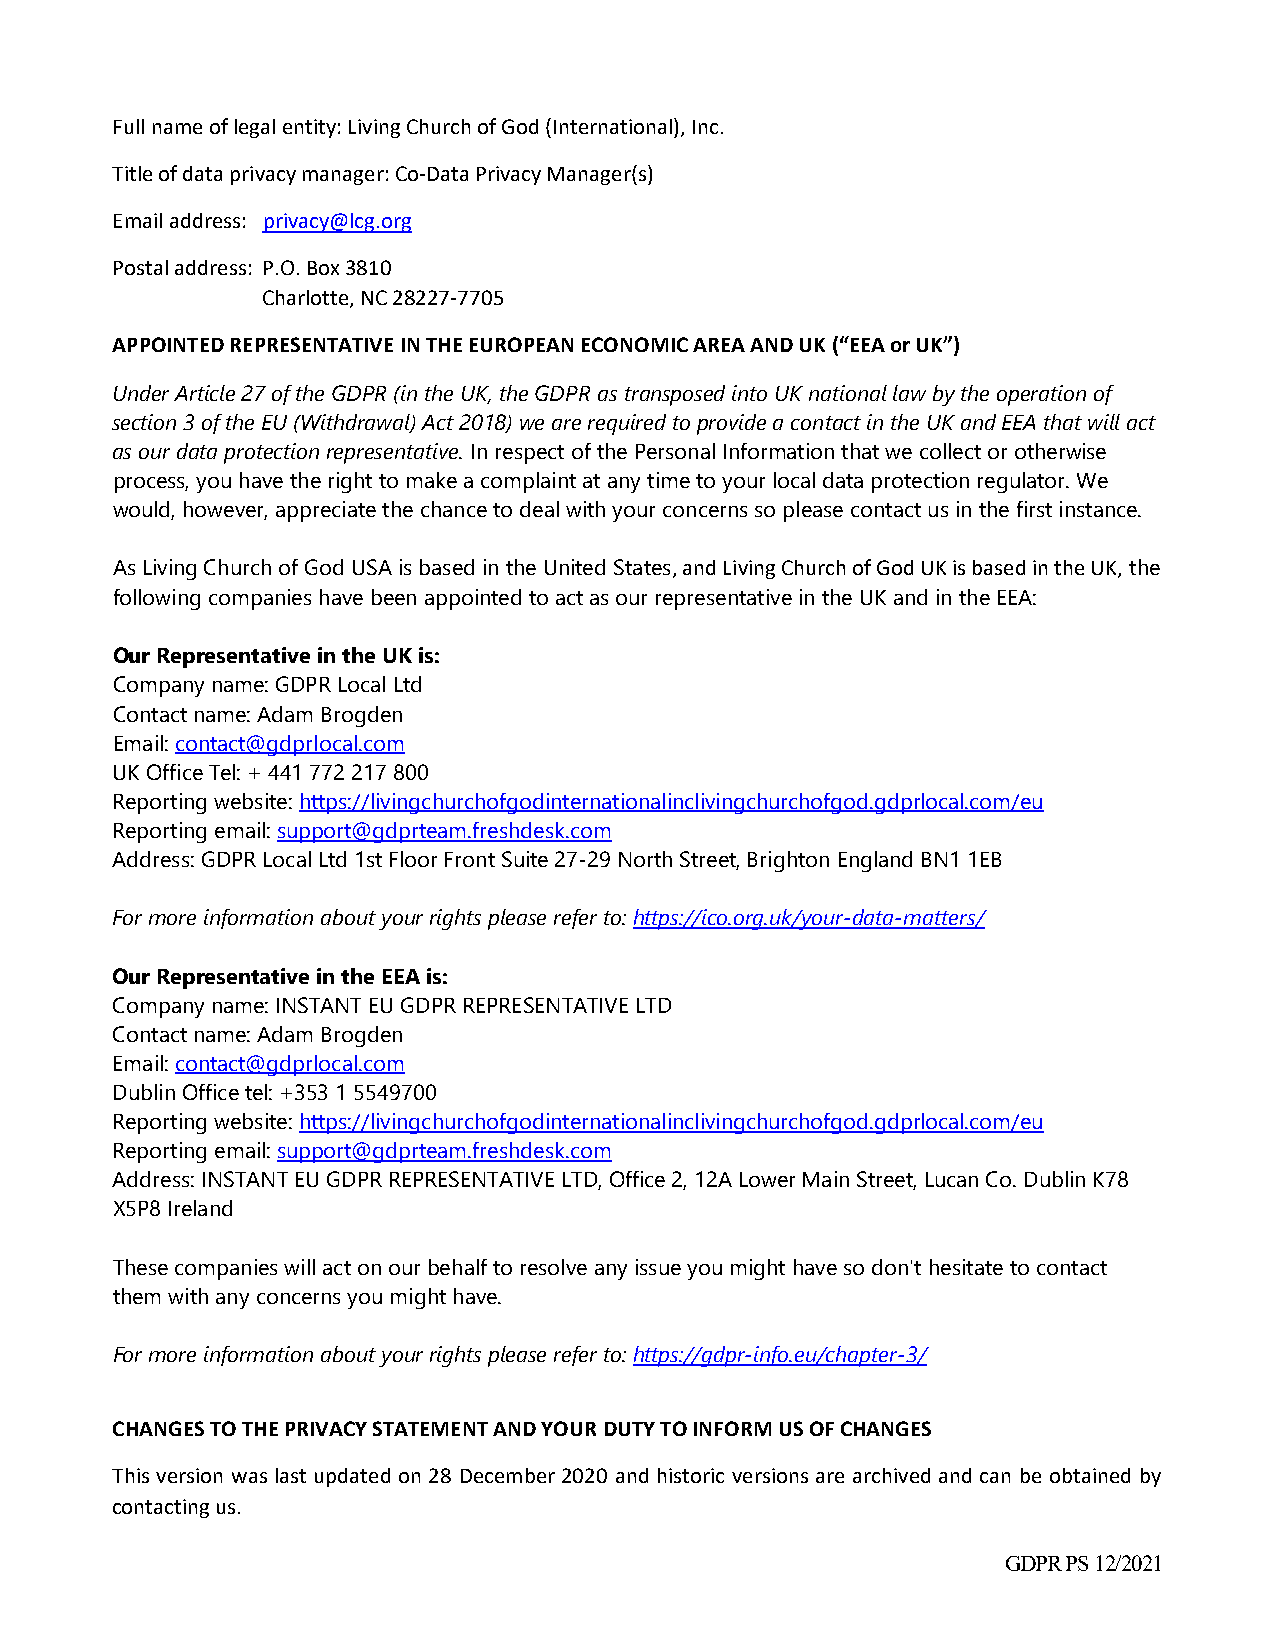
Full name of legal entity: Living Church of God (International), Inc.
 Title of data privacy manager: Co‐Data Privacy Manager(s)
 Email address: privacy@lcg.org
 Postal address: P.O. Box 3810
 Charlotte, NC 28227‐7705
 APPOINTED REPRESENTATIVE IN THE EUROPEAN ECONOMIC AREA AND UK (“EEA or UK”)
 Under Article 27 of the GDPR (in the UK, the GDPR as transposed into UK national law by the operation of
 section 3 of the EU (Withdrawal) Act 2018) we are required to provide a contact in the UK and EEA that will act
 as our data protection representative. In respect of the Personal Information that we collect or otherwise
 process, you have the right to make a complaint at any time to your local data protection regulator. We
 would, however, appreciate the chance to deal with your concerns so please contact us in the first instance.
 As Living Church of God USA is based in the United States, and Living Church of God UK is based in the UK, the
 following companies have been appointed to act as our representative in the UK and in the EEA:
 Our Representative in the UK is:
 Company name: GDPR Local Ltd
 Contact name: Adam Brogden
 Email: contact@gdprlocal.com
 UK Office Tel: + 441 772 217 800
 Reporting website: https://livingchurchofgodinternationalinclivingchurchofgod.gdprlocal.com/eu
 Reporting email: support@gdprteam.freshdesk.com
 Address: GDPR Local Ltd 1st Floor Front Suite 27-29 North Street, Brighton England BN1 1EB
 For more information about your rights please refer to: https://ico.org.uk/your-data-matters/
 Our Representative in the EEA is:
 Company name: INSTANT EU GDPR REPRESENTATIVE LTD
 Contact name: Adam Brogden
 Email: contact@gdprlocal.com
 Dublin Office tel: +353 1 5549700
 Reporting website: https://livingchurchofgodinternationalinclivingchurchofgod.gdprlocal.com/eu
 Reporting email: support@gdprteam.freshdesk.com
 Address: INSTANT EU GDPR REPRESENTATIVE LTD, Office 2, 12A Lower Main Street, Lucan Co. Dublin K78
 X5P8 Ireland
 These companies will act on our behalf to resolve any issue you might have so don't hesitate to contact
 them with any concerns you might have.
 For more information about your rights please refer to: https://gdpr-info.eu/chapter-3/
 CHANGES TO THE PRIVACY STATEMENT AND YOUR DUTY TO INFORM US OF CHANGES
 This version was last updated on 28 December 2020 and historic versions are archived and can be obtained by
 contacting us.
 GDPR PS 12/2021